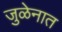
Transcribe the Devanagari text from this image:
जुळेनात